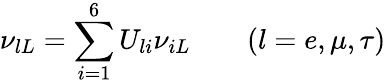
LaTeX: \nu_{lL}=\sum_{i=1}^{6}U_{li}\nu_{iL}\qquad(l=e,\mu,\tau)